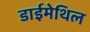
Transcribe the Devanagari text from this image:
डाईमेथिल